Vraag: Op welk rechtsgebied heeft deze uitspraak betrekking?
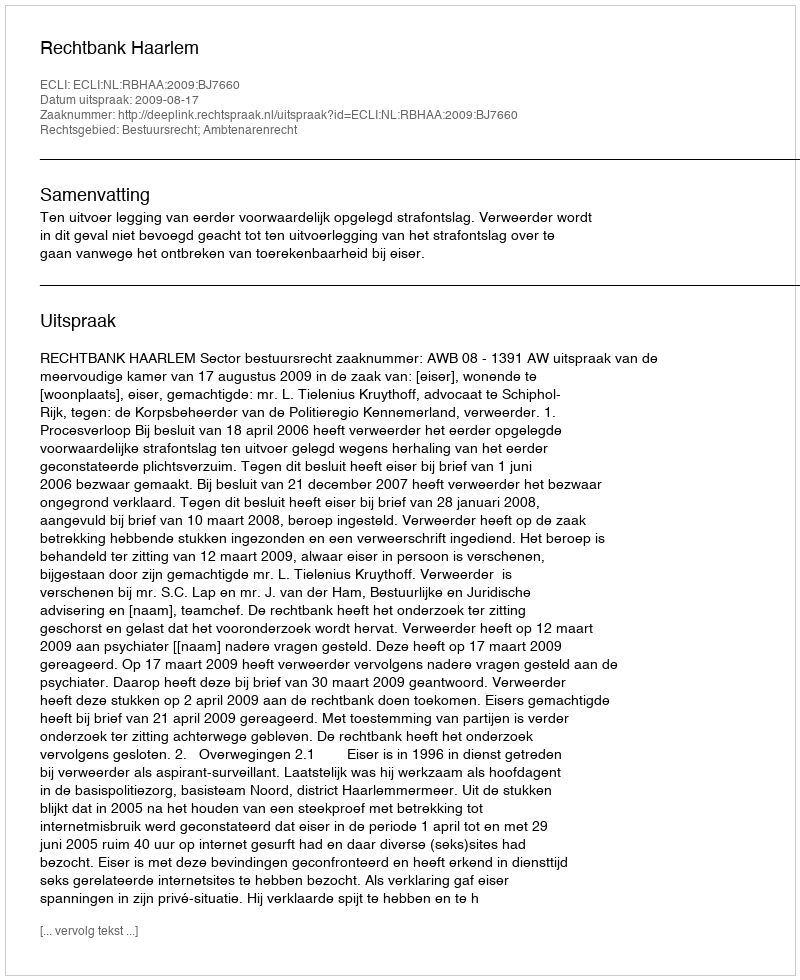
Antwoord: Bestuursrecht; Ambtenarenrecht